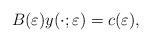
LaTeX: \begin{align*} B(\varepsilon)y(\cdot;\varepsilon) = c(\varepsilon),\end{align*}